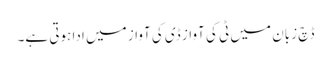
ڈچ زبان میں ٹی کی آواز ڈی کی آواز میں ادا ہوتی ہے۔